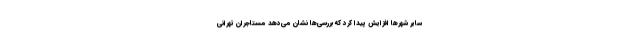
سایر شهرها افزایش پیدا کرد که بررسی‌ها نشان می‌دهد مستاجران تهرانی